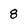
Character: 8